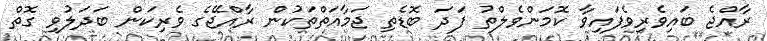
ރާއްޖެ ބައިވެރިވެފައިވާ ކޮމަންވެލްތު ފަދަ ބޮޑެތި ޖަމާއަތްތަކުން ރާއްޖޭގެ ވެރިކަން ބަދަލުވި ގޮތް